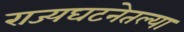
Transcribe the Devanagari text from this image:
राज्यघटनेतल्या